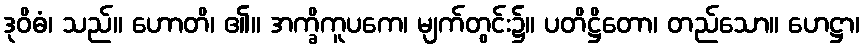
ဒုဝိဓံ၊ သည်။ ဟောတိ၊ ၏။ အက္ခိကူပကေ၊ မျက်တွင်း၌။ ပတိဋ္ဌိတော၊ တည်သော။ ဟေဋ္ဌာ၊